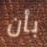
بأن